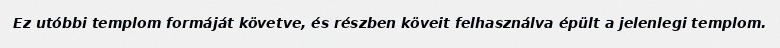
Ez utóbbi templom formáját követve, és részben köveit felhasználva épült a jelenlegi templom.